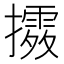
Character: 𢷛